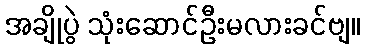
အချိုပွဲ သုံးဆောင်ဦးမလားခင်ဗျ။